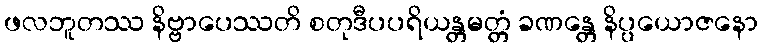
ဖလဘူတဿ နိဗ္ဗာပေဿတိ စတုဒီပပရိယန္တမတ္တံ ခဏန္တေ နိပ္ပယောဇနော